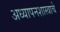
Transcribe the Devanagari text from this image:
अध्यापनशास्त्राचे